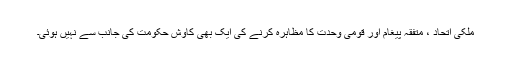
ملکی اتحاد ، متفقہ پیغام اور قومی وحدت کا مظاہرہ کرنے کی ایک بھی کاوش حکومت کی جانب سے نہیں ہوئی۔